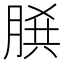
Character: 𦜞